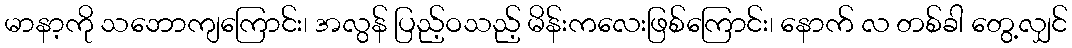
မာနာ့ကို သဘောကျကြောင်း၊ အလွန် ပြည့်ဝသည့် မိန်းကလေးဖြစ်ကြောင်း၊ နောက် လ တစ်ခါ တွေ့လျှင်